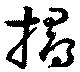
撏